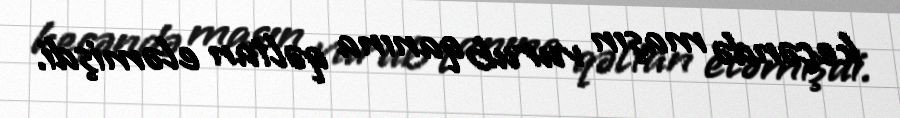
keçəndə maşın vurub qanına qəltan eləmişdi.